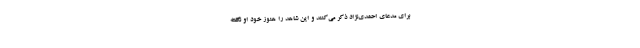
برای مدعای احمدی‌نژاد ذکر می‌کنند و این شاهد را هنوز خود او نگفته